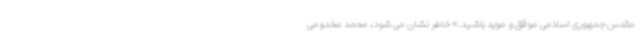
مقدس جمهوری اسلامی موفق و موید باشید.» خاطر نشان می شود، محمد مخدومی